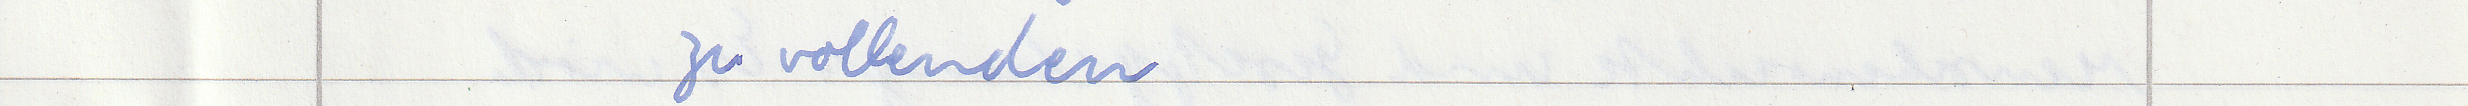
zu vollenden